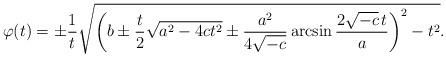
LaTeX: \begin{align*} \varphi(t) = \pm \frac{1}{t} \sqrt{ \left(b \pm \frac{t}{2} \sqrt{a^2 - 4ct^2} \pm \frac{a^2}{4 \sqrt{-c}} \arcsin \frac{2\sqrt{-c}\,t}{a} \right)^2 - t^2 }.\end{align*}